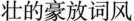
壮的豪放词风